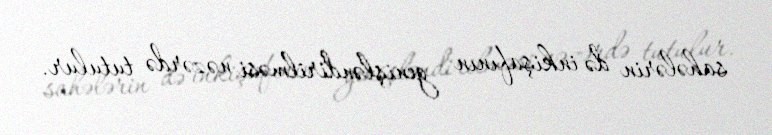
sahələrin də inkişafının genişləndirilməsi nəzərdə tutulur.